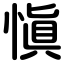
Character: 愼